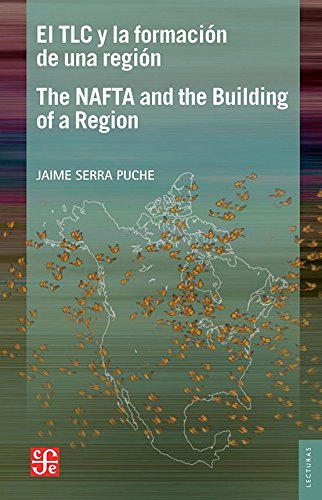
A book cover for El TLC y la formaciÃ³n de una regiÃ³n. Un ensayo desde la prespectiva mexicana = NAFTA and the Building of a Region , An Essay from the Mexican ... De El Trimestre EconÃ³mico) (Spanish Edition); Serra Puche; Business & Money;